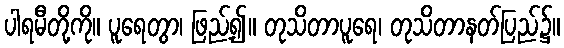
ပါရမီတို့ကို။ ပူရေတွာ၊ ဖြည့်၍။ တုသိတာပူရေ၊ တုသိတာနတ်ပြည်၌။